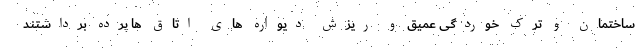
ساختمان و ترک خوردگی عمیق و ریزش دیواره های اتاق ها پرده برداشتند